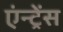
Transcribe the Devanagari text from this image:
एंन्ट्रेंस